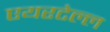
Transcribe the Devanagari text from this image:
एयरटेल्ल